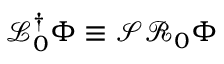
\mathcal { L } _ { 0 } ^ { \dag } \Phi \equiv \mathcal { S } \mathcal { R } _ { 0 } \Phi